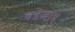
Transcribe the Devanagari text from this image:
बडेजाव